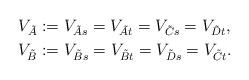
LaTeX: \begin{align*}V_{\tilde{A}} &: = V_{\tilde{A}s} = V_{\tilde{A}t}=V_{\tilde{C}s}=V_{\tilde{D}t},\\V_{\tilde{B}} &: = V_{\tilde{B}s} = V_{\tilde{B}t}=V_{\tilde{D}s}=V_{\tilde{C}t}.\end{align*}